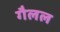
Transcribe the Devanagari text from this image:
गैलल